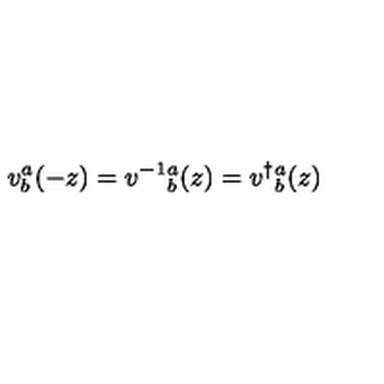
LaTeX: v _ { b } ^ { a } ( - z ) = v ^ { - 1 } { } _ { b } ^ { a } ( z ) = v ^ { \dagger } { } _ { b } ^ { a } ( z )